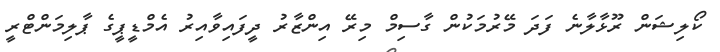
ކޯލިޝަން ރޫޅާލާނެ ފަދަ މޭރުމަކުން ގާސިމް މިރޭ އިންޒާރު ދީފައިވާއިރު އެމްޑީޕީގެ ޕާލިމަންޓްރީ